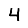
Digit: 4